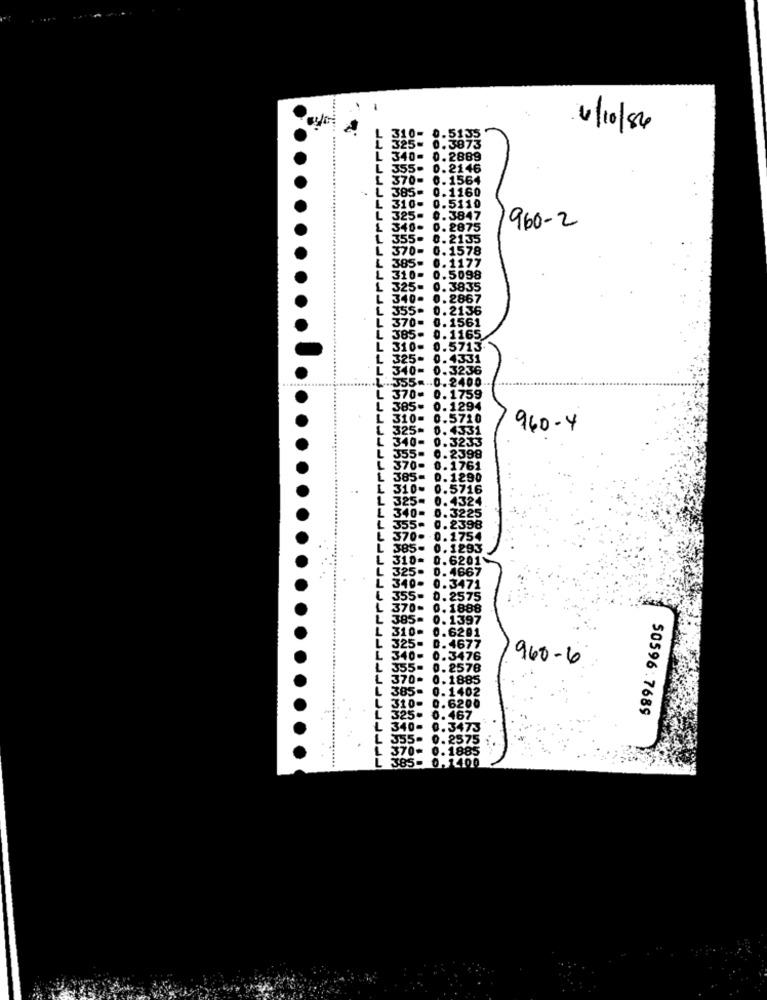
4/10/84
310- 0.5135
325= 0.3873
340- 0.2889
355- 0.2146
370- 0.1564
. 385- 0.1160
. 310- 0.5110
L 325- 0.3847
340- 0.2875
960-2
355-
0. 2135
L 370- 0.1578
L 385- 0.1177
L 310- 0.5098
325- 0.3835
340- 0.2867
355-
0.2136
370-
0.1561
385
165
310-
0.5713
325-
. 4331
340-
0.3236
355
370=
385
960-4
.1754
385- 0.1293
310= 0.6201
325- 0.4667
340- 0.3471
0.2575
370-
0. 1888
385- 0.1397
310
310- 0.6201
325-
0.4677
.3476
960-6
2578
. 1885
.6200
50596.7689
.467
40-
.3473
.2575
370-
.1885
385-